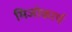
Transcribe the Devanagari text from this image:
मिजोकार्प